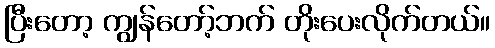
ပြီးတော့ ကျွန်တော့်ဘက် တိုးပေးလိုက်တယ်။